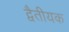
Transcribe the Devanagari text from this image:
द्वैतीयक